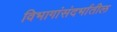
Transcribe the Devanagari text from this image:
विभागांसंदर्भातील